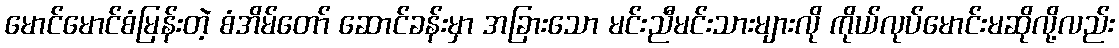
မောင်မောင်စံမြန်းတဲ့ စံအိမ်တော် ဆောင်ခန်းမှာ အခြားသော မင်းညီမင်းသားများလို ကိုယ်လုပ်မောင်းမဆိုလို့လည်း